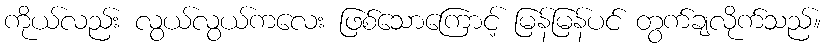
ကိုယ်လည်း လွယ်လွယ်ကလေး ဖြစ်သောကြောင့် မြန်မြန်ပင် တွက်ချလိုက်သည်။